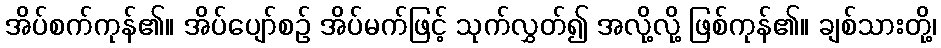
အိပ်စက်ကုန်၏။ အိပ်ပျော်စဉ် အိပ်မက်ဖြင့် သုက်လွှတ်၍ အလို့လို့ ဖြစ်ကုန်၏။ ချစ်သားတို့၊